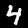
Digit: 4